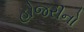
હોજરીનો